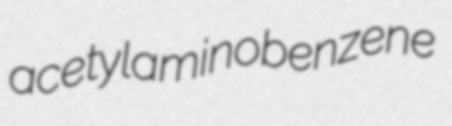
acetylaminobenzene